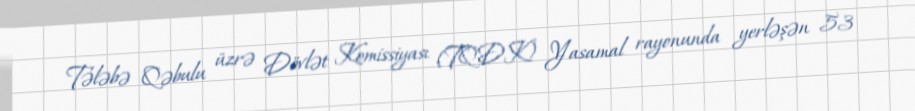
Tələbə Qəbulu üzrə Dövlət Komissiyası (TQDK) Yasamal rayonunda yerləşən 53